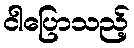
ငါပြောသည့်